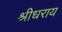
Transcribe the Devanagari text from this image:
श्रीधराय